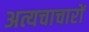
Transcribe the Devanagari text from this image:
अत्यचाचारों